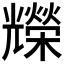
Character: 𠓐